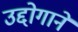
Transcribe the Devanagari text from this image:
उद्दोगाने